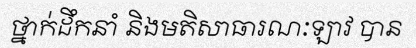
ថ្នាក់ដឹកនាំ និងមតិសាធារណៈឡាវ បាន